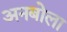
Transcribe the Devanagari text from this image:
अनबोला